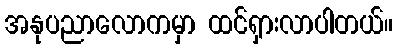
အနုပညာလောကမှာ ထင်ရှားလာပါတယ်။